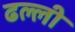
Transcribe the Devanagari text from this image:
ढल्ली